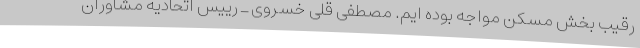
رقیب بخش مسکن مواجه بوده ایم. مصطفی قلی خسروی ـ رییس اتحادیه مشاوران